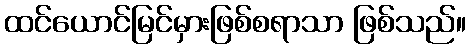
ထင်ယောင်မြင်မှားဖြစ်စရာသာ ဖြစ်သည်။